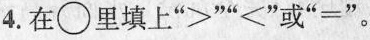
4.在○里填上”>””<”或”=”。